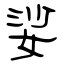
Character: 娑